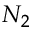
N _ { 2 }